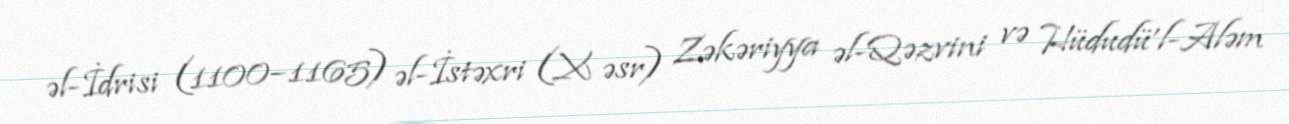
əl-İdrisi (1100–1165) əl-İstəxri (X əsr) Zəkəriyya əl-Qəzvini və Hüdudü’l-Aləm